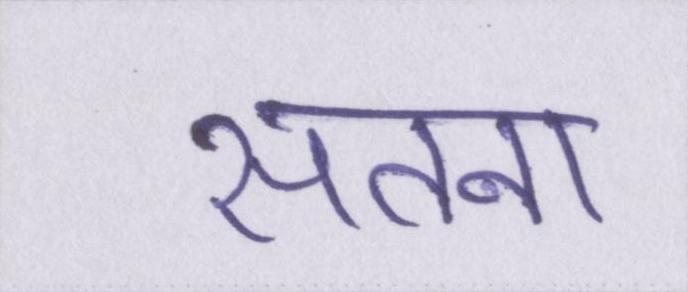
सतना